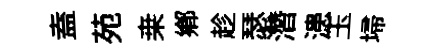
盍苑桒鄕趁瑟濳漶玉埽